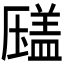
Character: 𰆫